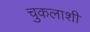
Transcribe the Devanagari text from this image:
चुकलाशी